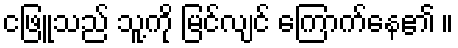
ငဖြူသည် သူ့ကို မြင်လျင် ကြောက်နေ၏ ။